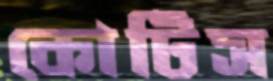
কোটিস